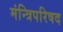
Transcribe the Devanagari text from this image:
मंन्त्रिपरिषद